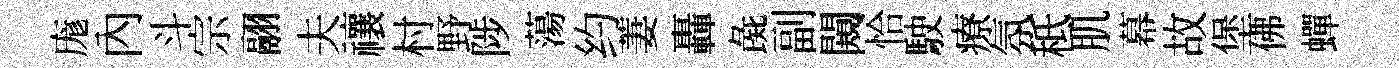
庬內斗宗翮夫禳村野陟蕩约萋轟彘副闚恰駛療氛秪肌幕故堡佛蟬